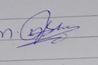
Signature authenticity: genuine